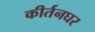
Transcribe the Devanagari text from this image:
कीर्तनघर